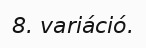
8. variáció.